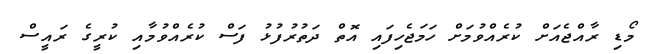
މޯޑި ރާއްޖެއަށް ކުރެއްވުމަށް ހަމަޖެހިފައި އޮތް ދަތުރުފުޅު ފަސް ކުރެއްވުމާއި ކުރީގެ ރައީސް